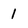
Character: 1